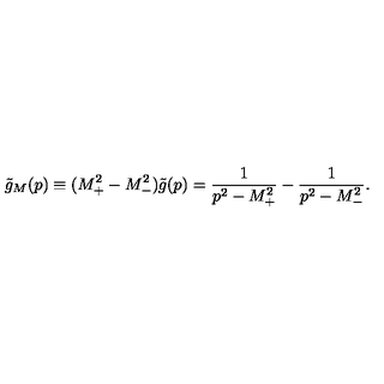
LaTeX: \tilde { g } _ { M } ( p ) \equiv ( M _ { + } ^ { 2 } - M _ { - } ^ { 2 } ) \tilde { g } ( p ) = \frac { 1 } { p ^ { 2 } - M _ { + } ^ { 2 } } - \frac { 1 } { p ^ { 2 } - M _ { - } ^ { 2 } } .